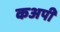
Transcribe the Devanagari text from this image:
कअपी